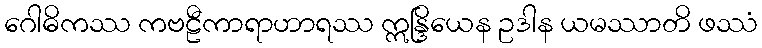
ဂေါဓိကဿ ကဗဠီကာရာဟာရဿ ဣန္ဒြိယေန ဥဒါန ယမဿာတိ ဖဿံ